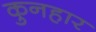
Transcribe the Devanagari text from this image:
कुनहार